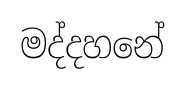
මද්දහනේ